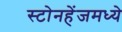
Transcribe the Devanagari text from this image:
स्टोनहेंजमध्ये